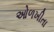
ઓળખીતા